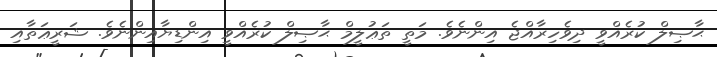
ޙާޞިލް ކުރެއްވީ ދިވެހިރާއްޖެ އިންނެވެ. މަތީ ތަޢުލީމް ޙާޞިލް ކުރެއްވީ އިންޑިޔާއިންނެވެ. ޝަރީޢަތާއި